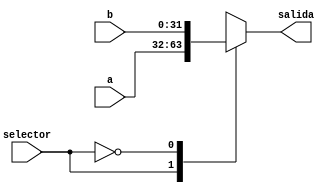
module Multiplexor( input [31:0]a, input [31:0]b, input selector,
            output reg [31:0] salida );

always @(a or b or selector) begin

    case(selector)

    1'b1: salida = a;
    1'b0: salida = b;

    endcase

end

endmodule